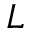
L